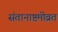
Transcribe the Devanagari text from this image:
संतानाष्टमीव्रत